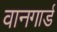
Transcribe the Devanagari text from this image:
वानगार्ड